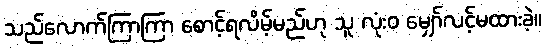
သည်လောက်ကြာကြာ စောင့်ရလိမ့်မည်ဟု သူ လုံးဝ မျှော်လင့်မထားခဲ့။